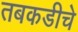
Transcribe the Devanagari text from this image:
तबकडीचे